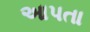
આપતા